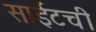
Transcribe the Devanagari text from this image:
साईटची